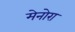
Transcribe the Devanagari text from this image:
मेनोरा